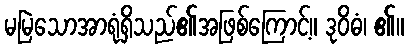
မမြဲသောအာရုံရှိသည်၏အဖြစ်ကြောင့်။ ဒုဝိဓံ၊ ၏။